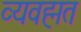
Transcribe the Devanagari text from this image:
व्यवह्मत